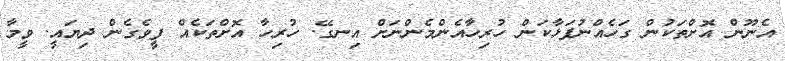
އެނޫން އޮށްތަކުން ގަހެއްނުފަޅާކަން ހުރިހާއެންމެންނަށް އިނގޭ. ހުރިހާ އޮށްތަކެއް ފީވެގެން ދިޔައީ. ވީމާ